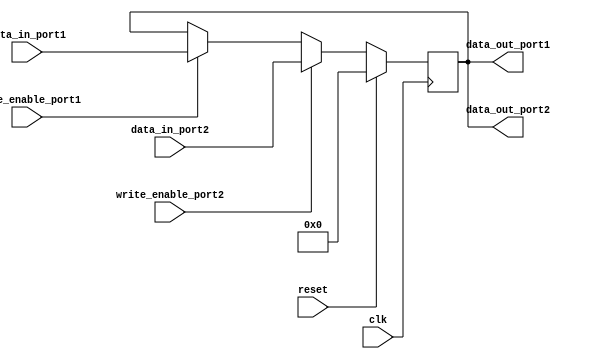
module dual_port_register (
    input wire clk,
    input wire reset,
    
    input wire [31:0] data_in_port1,
    input wire write_enable_port1,
    
    input wire [31:0] data_in_port2,
    input wire write_enable_port2,
    
    output reg [31:0] data_out_port1,
    output reg [31:0] data_out_port2
);

reg [31:0] reg_data;

always @(posedge clk) begin
    if (reset) begin
        reg_data <= 32'h00000000;
    end else begin
        if (write_enable_port1) 
            reg_data <= data_in_port1;
        if (write_enable_port2)
            reg_data <= data_in_port2;
    end
end

assign data_out_port1 = reg_data;
assign data_out_port2 = reg_data;

endmodule